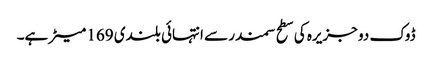
ڈوک دو جزیرہ کی سطح سمندر سے انتہائی بلندی 169 میٹر ہے۔